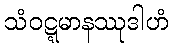
သံဝဋ္ဋမာနဿုဒါဟံ